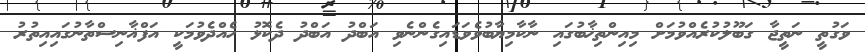
ވަގުތީ ނަތީޖާ ގަބޫލުކުރެއްވުމަށް މިއިންތިޚާބުގައި ނާކާމިޔާބުވެވަޑައިގެންނެވި އަބްދު އަބްދު ދެކޮޅު ހެއްދެވުމަކީ އަފްޣާނިސްތާނުގައިއިތުރު